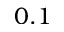
0 . 1